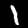
Label: 1